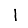
Digit: 1